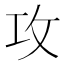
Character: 攻